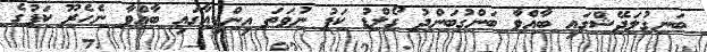
ބަނގުލަދޭޝްގައި ބާއްވާ ބަންގުބަންދު ގޯލްޑު ކަޕު ނުވަތަ އިންޑިއާގައި ބާއްވާ ނެހެރޫ ކަޕުގެ